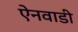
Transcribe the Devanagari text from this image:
ऐनवाडी